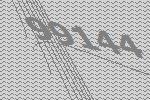
99144